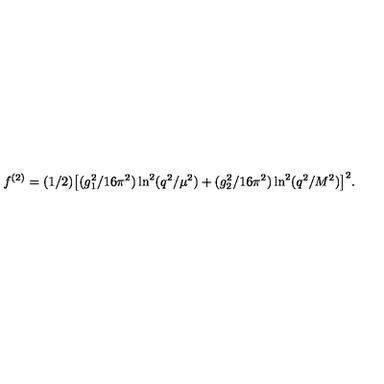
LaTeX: f ^ { ( 2 ) } = ( 1 / 2 ) \big [ ( g _ { 1 } ^ { 2 } / 1 6 \pi ^ { 2 } ) \ln ^ { 2 } ( q ^ { 2 } / \mu ^ { 2 } ) + ( g _ { 2 } ^ { 2 } / 1 6 \pi ^ { 2 } ) \ln ^ { 2 } ( q ^ { 2 } / M ^ { 2 } ) \big ] ^ { 2 } .